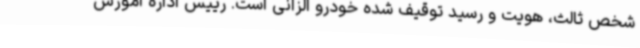
شخص ثالث، هویت و رسید توقیف شده خودرو الزانی است. رییس اداره آموزش